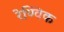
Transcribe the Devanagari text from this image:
रेण्विक